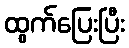
ထွက်ပြေးပြီး